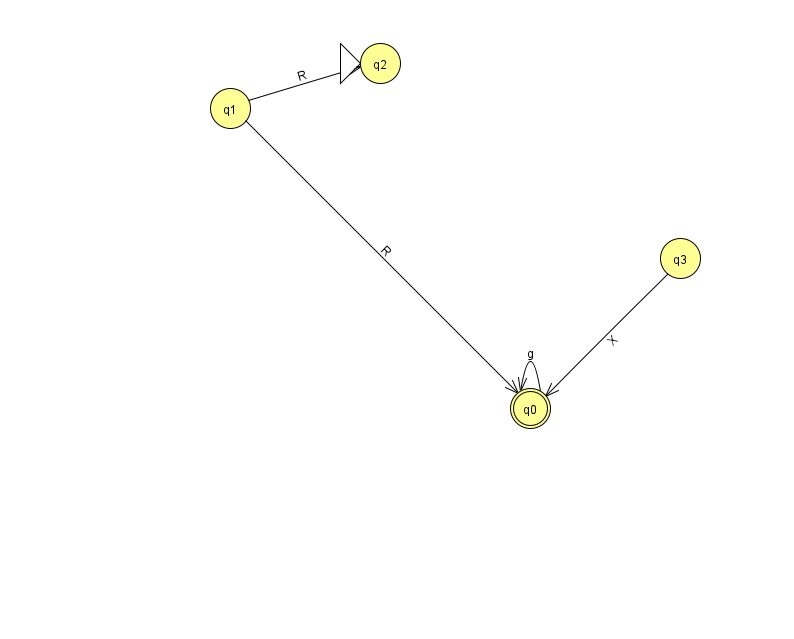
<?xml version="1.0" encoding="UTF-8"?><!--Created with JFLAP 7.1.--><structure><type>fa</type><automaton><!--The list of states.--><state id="0" name="q0"><x>530.0</x><y>395.0</y><final/></state><state id="1" name="q1"><x>230.0</x><y>95.0</y></state><state id="2" name="q2"><x>380.0</x><y>50.0</y><initial/></state><state id="3" name="q3"><x>680.0</x><y>245.0</y></state><!--The list of transitions.--><transition><from>1</from><to>2</to><read>R</read></transition><transition><from>3</from><to>0</to><read>X</read></transition><transition><from>0</from><to>0</to><read>g</read></transition><transition><from>1</from><to>0</to><read>R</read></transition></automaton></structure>